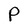
Character: P